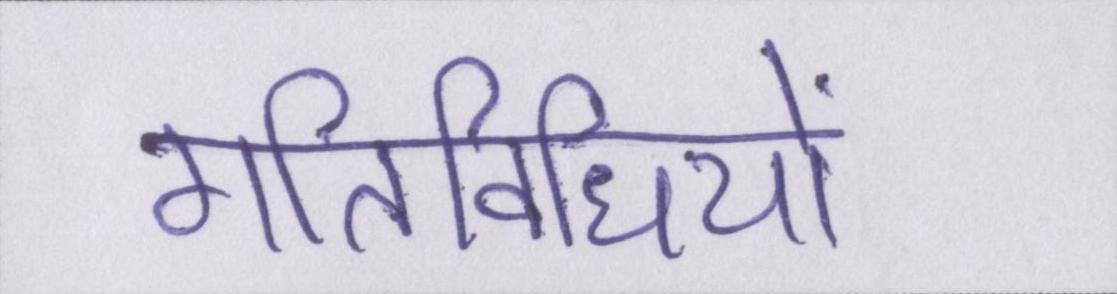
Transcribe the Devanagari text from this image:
गतिविधियों